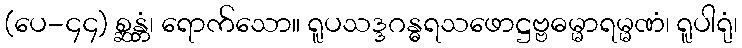
(ပေ-၄၄) စ္ဆန္တံ၊ ရောက်သော။ ရူပသဒ္ဒဂန္ဓရသဖောဋ္ဌဗ္ဗဓမ္မာရမ္မဏံ၊ ရူပါရုံ၊